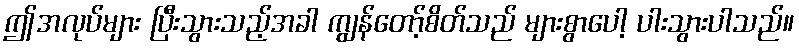
ဤအလုပ်များ ပြီးသွားသည့်အခါ ကျွန်တော့်စိတ်သည် များစွာပေါ့ ပါးသွားပါသည်။